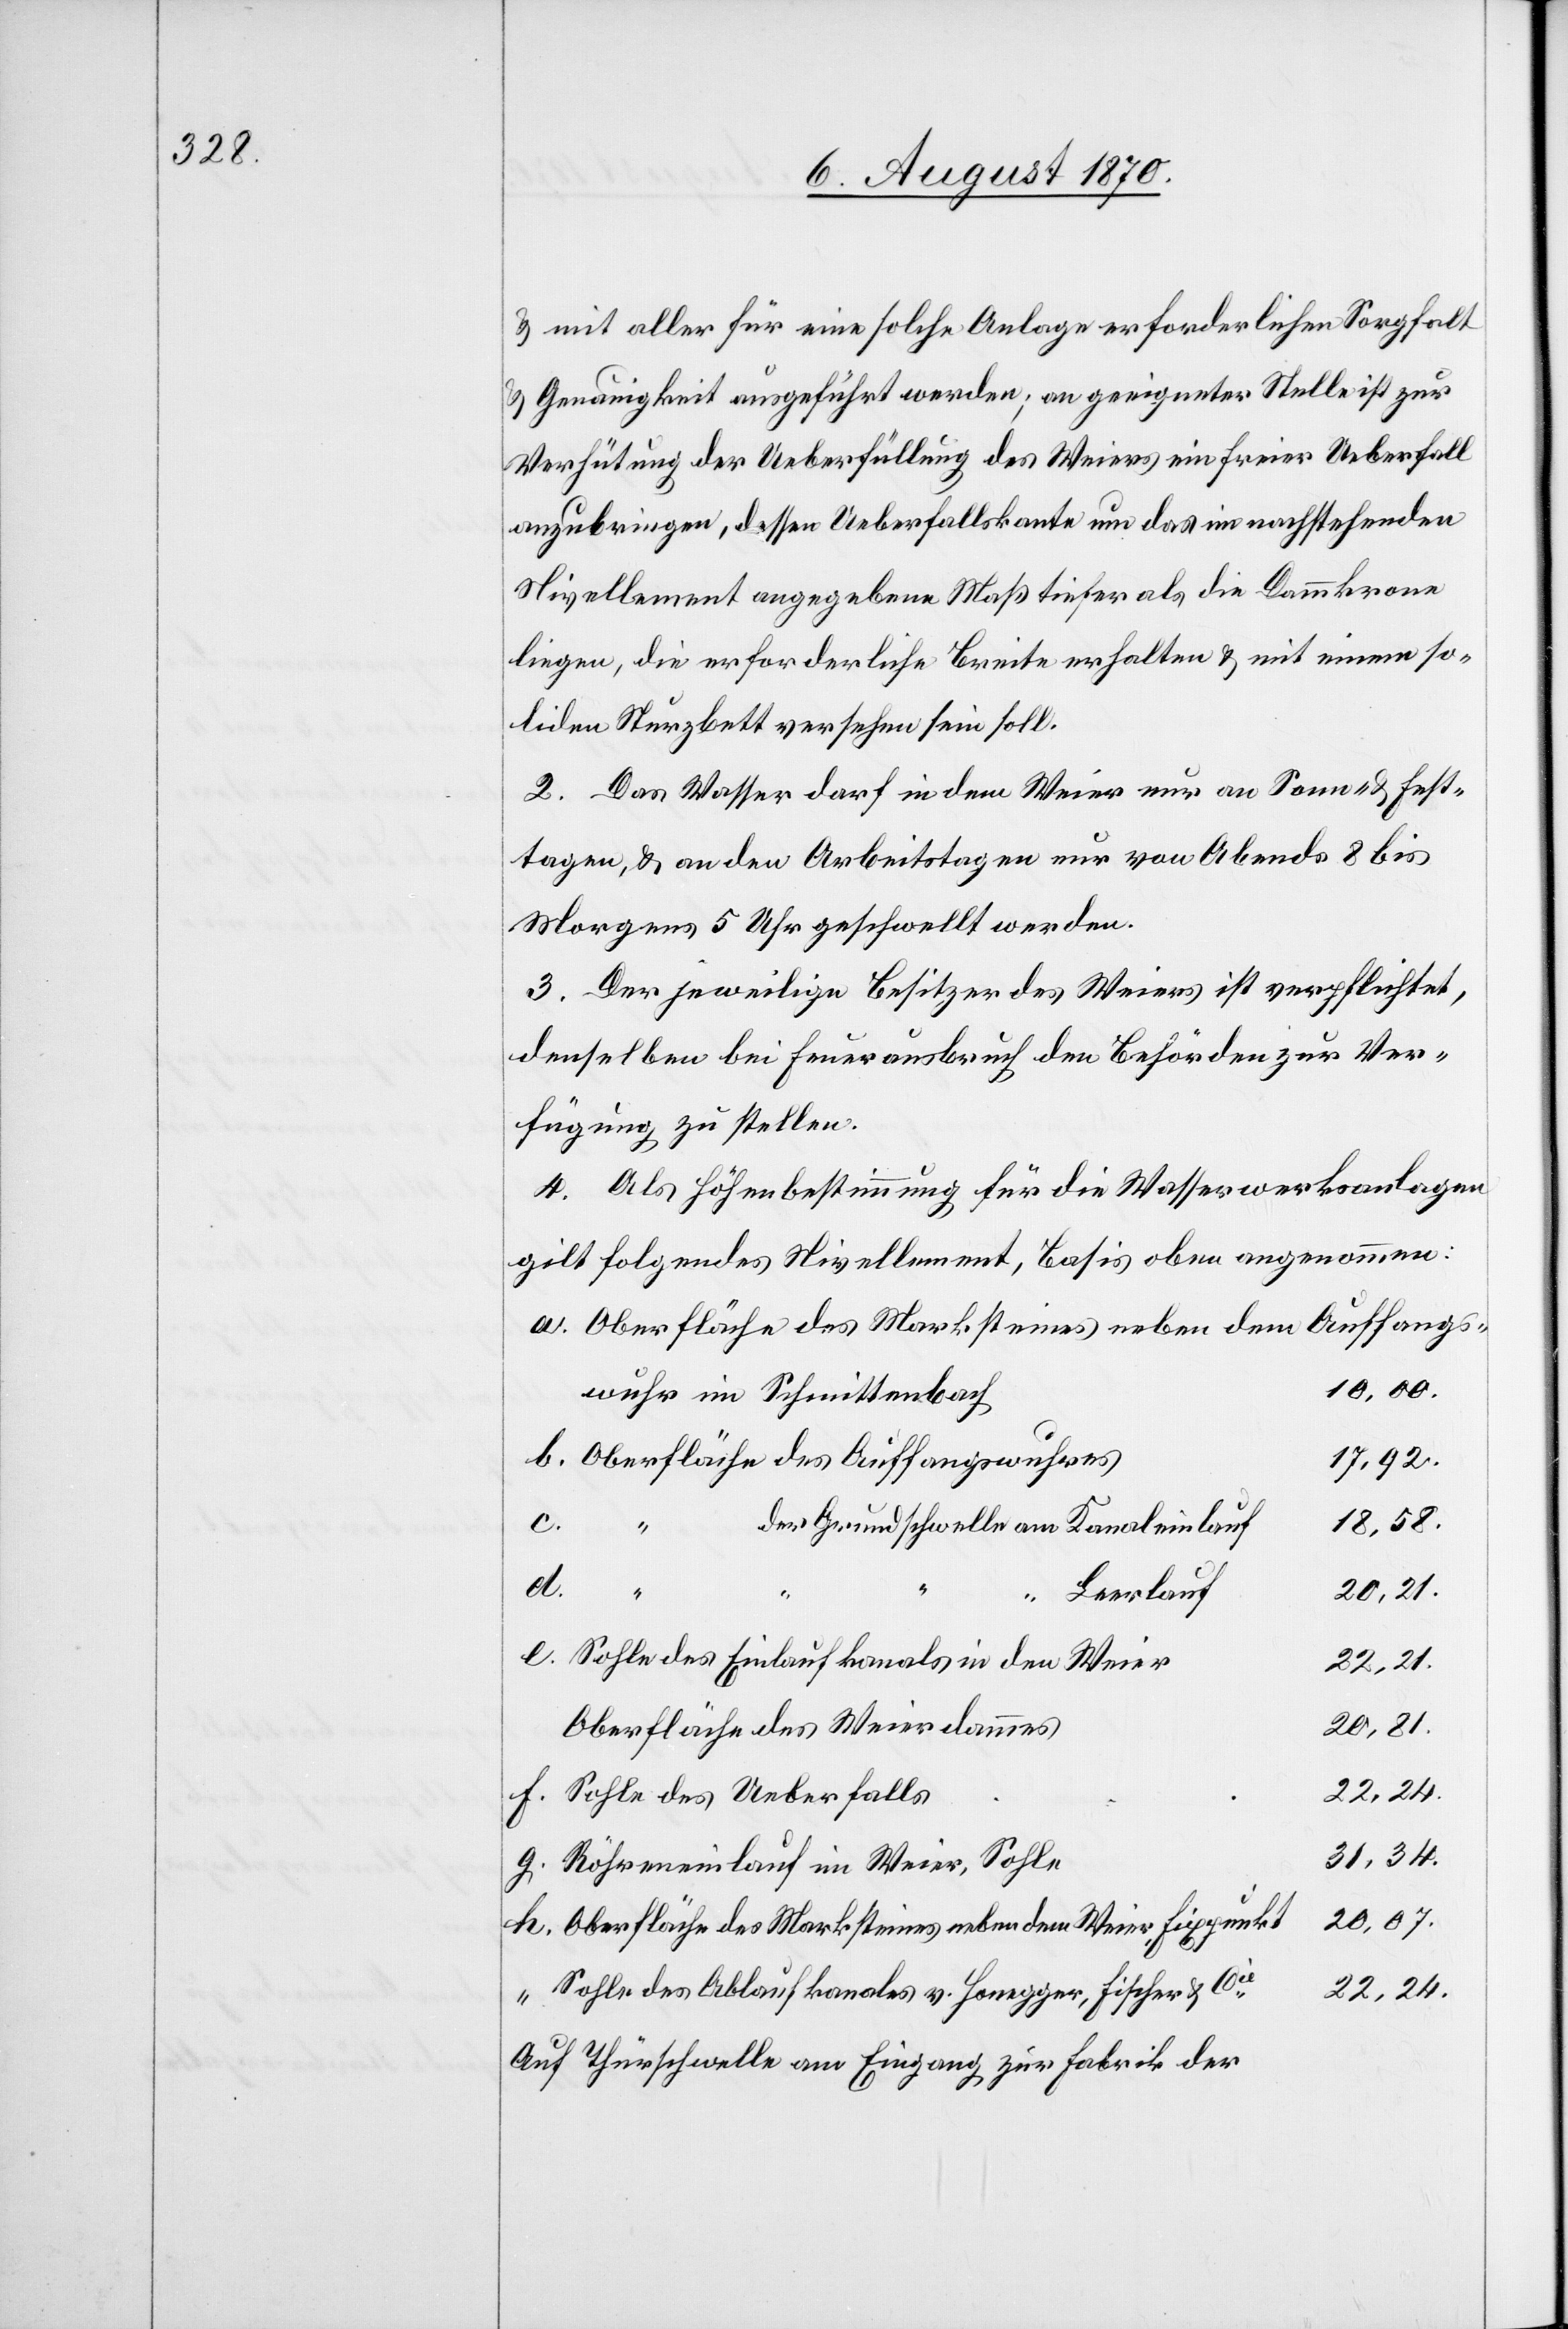
& mit aller für eine solche Anlage erforderlichen Sorgfalt
& Genauigkeit ausgeführt werden; an geeigneter Stelle ist zur
Verhütung der Ueberfüllung des Weiers ein freier Ueberfall
anzubringen, dessen Ueberfallskante um das im nachstehenden
Nivellement angegebene Maß tiefer als die Dammkrone
liegen, die erforderliche Breite erhalten & mit einem so¬
liden Sturzbett versehen sein soll.
2. Das Wasser darf in dem Weier nur an Sonn- & Fest¬
tagen, & an den Arbeitstagen nur von Abends 8 bis
Morgens 5 Uhr geschwellt werden.
3. Der jeweilige Besitzer des Weiers ist verpflichtet,
denselben bei Feuerausbruch den Behörden zur Ver¬
fügung zu stellen.
4. Als Höhenbestimmung für die Wasserwerksanlagen
gilt folgendes Nivellement, Basis oben angenommen:
Oberfläche de Marksteines neben dem Auffangs¬
10,00.
wuhr im Schmittenbach
17,92.
18,58.
c.
“
h.
31,34.
e.
Leerlauf
Sohle des Einlaufkanals in den Weier
22,21.
Oberfläche des Weierdammes
Sohle des Ueberfalls
Röhreneinlauf im Weier, Sohle
20,07.
Oberfläche des Marksteines neben dem Weier, Fixpunkt
22,24.
Sohle des Ablaufkanales v. Honegger, Fischer & Cie
Auf Thürschwelle am Eingang zur Fabrik der